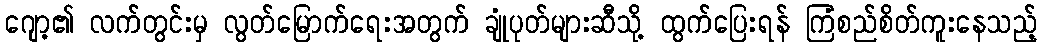
ဂျော့၏ လက်တွင်းမှ လွတ်မြောက်ရေးအတွက် ချုံပုတ်များဆီသို့ ထွက်ပြေးရန် ကြံစည်စိတ်ကူးနေသည့်